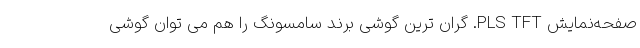
صفحه‌نمایش PLS TFT. گران ترین گوشی برند سامسونگ را هم می توان گوشی